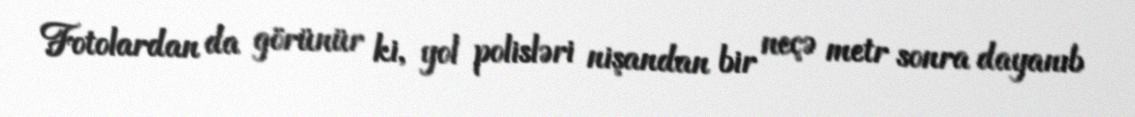
Fotolardan da görünür ki, yol polisləri nişandan bir neçə metr sonra dayanıb